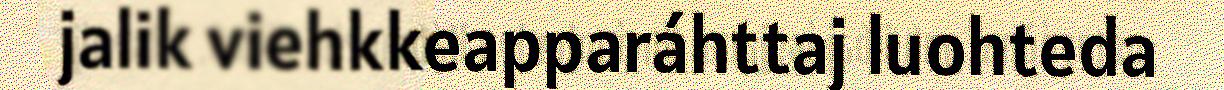
jalik viehkkeapparáhttaj luohteda